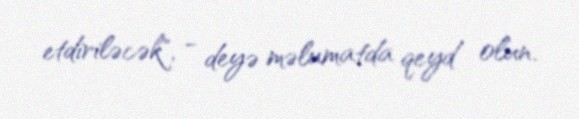
etdiriləcək", - deyə məlumatda qeyd olun.